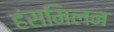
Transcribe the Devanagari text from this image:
हंसमिलन